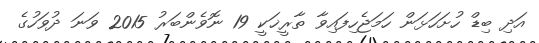
އަދި ބިޑް ހުށަހަޅަން ހަމަޖެހިފައިވާ ތާރީޚަކީ 19 ނޮވެންބަރު 2015 ވަނަ ދުވަހުގެ